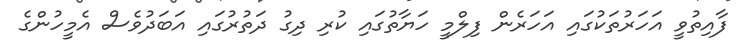
ފާއިތުވީ އަހަރުތަކުގައި އަހަރެން ފިލްމީ ހަޔާތުގައި ކުރި ދިގު ދަތުރުގައި އަބަދުވެސް އެމީހުންގެ